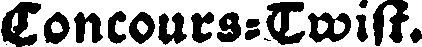
Concours-Twist.